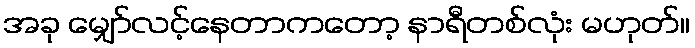
အခု မျှော်လင့်နေတာကတော့ နာရီတစ်လုံး မဟုတ်။